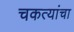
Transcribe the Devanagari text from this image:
चकत्यांचा